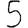
Digit: 5